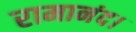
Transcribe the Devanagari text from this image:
रामानंद।